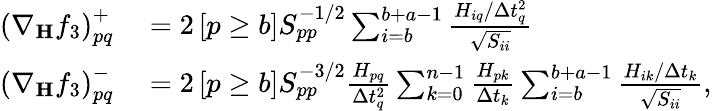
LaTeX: \begin{array}{rl}{\left(\nabla_{\mathbf{H}}f_{3}\right)_{pq}^{+}}&{{}=2\left[p\ge b\right]S_{pp}^{-1/2}\sum_{i=b}^{b+a-1}\frac{H_{iq}/\Delta t_{q}^{2}}{\sqrt{S_{ii}}}}\\ {\left(\nabla_{\mathbf{H}}f_{3}\right)_{pq}^{-}}&{{}=2\left[p\ge b\right]S_{pp}^{-3/2}\frac{H_{pq}}{\Delta t_{q}^{2}}\sum_{k=0}^{n-1}\frac{H_{pk}}{\Delta t_{k}}\sum_{i=b}^{b+a-1}\frac{H_{ik}/\Delta t_{k}}{\sqrt{S_{ii}}},}\end{array}